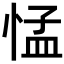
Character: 𢛴